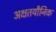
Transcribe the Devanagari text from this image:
अक्षतयौनिक